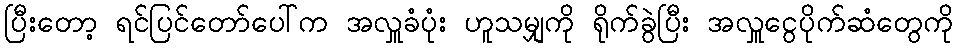
ပြီးတော့ ရင်ပြင်တော်ပေါ်က အလှူခံပုံး ဟူသမျှကို ရိုက်ခွဲပြီး အလှူငွေပိုက်ဆံတွေကို